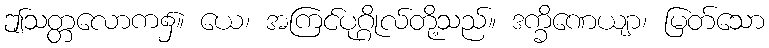
ဤသတ္တလောက၌။ ယေ၊ အကြင်ပုဂ္ဂိုလ်တို့သည်။ ဒက္ခိဏေယျာ၊ မြတ်သော